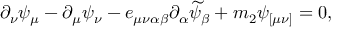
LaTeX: \partial _ { \nu } \psi _ { \mu } - \partial _ { \mu } \psi _ { \nu } - e _ { \mu \nu \alpha \beta } \partial _ { \alpha } \widetilde { \psi } _ { \beta } + m _ { 2 } \psi _ { [ \mu \nu ] } = 0 ,